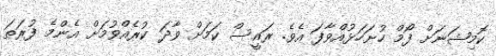
ކޮމިޝަނަށް ފޯމް ހުށަހަޅުއްވާފަ އެވެ. ރައީސް ކަމަށް ވާދަ ކުރެއްވުމަށް އެންމެ ފުރަތަ